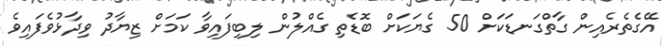
އޭގެތެރެއިން ގާތްގަނޑަކަށް 50 ގެޔަކަށް ބޮޑެތި ގެއްލުން ލިބިފައިވާ ކަމަށް ޒިޔާދު ވިދާޅުވެފައިވެ